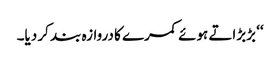
‘‘ بڑبڑاتے ہوئے کمرے کا دروازہ بند کر دیا۔